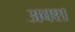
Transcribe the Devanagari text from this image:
अक्श